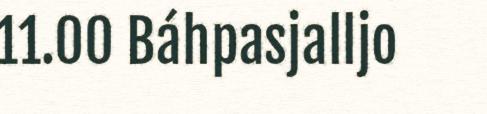
11.00 Báhpasjalljo